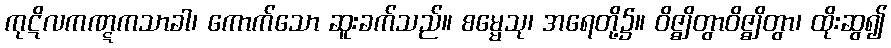
ကုဋိလကဏ္ဋကသာခါ၊ ကောက်သော ဆူးခက်သည်။ စမ္မေသု၊ အရေတို့၌။ ဝိဇ္ဈိတွာဝိဇ္ဈိတွာ၊ ထိုးဆွ၍